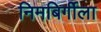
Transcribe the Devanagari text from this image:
निमबिर्गीला